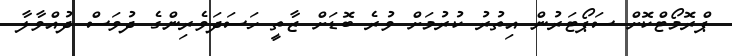
ޕްރޮމޯޓްކޮށް ސަޕޯޓަރުން އިތުރު ކުރުމަށް ވުރެ ބޮޑަށް ޒާތީ ހަސަދަވެރިންގެ ދުވަސް ދުއްވާލާ